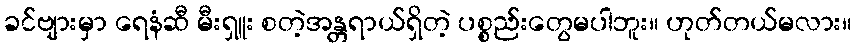
ခင်ဗျားမှာ ရေနံဆီ မီးရှူး စတဲ့အန္တရာယ်ရှိတဲ့ ပစ္စည်းတွေမပါဘူး။ ဟုတ်တယ်မလား။